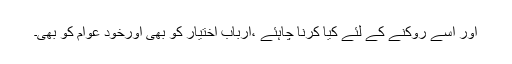
اور اسے روکنے کے لئے کیا کرنا چاہئے ،ارباب اختیار کو بھی اورخود عوام کو بھی۔